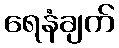
ရေနံချက်